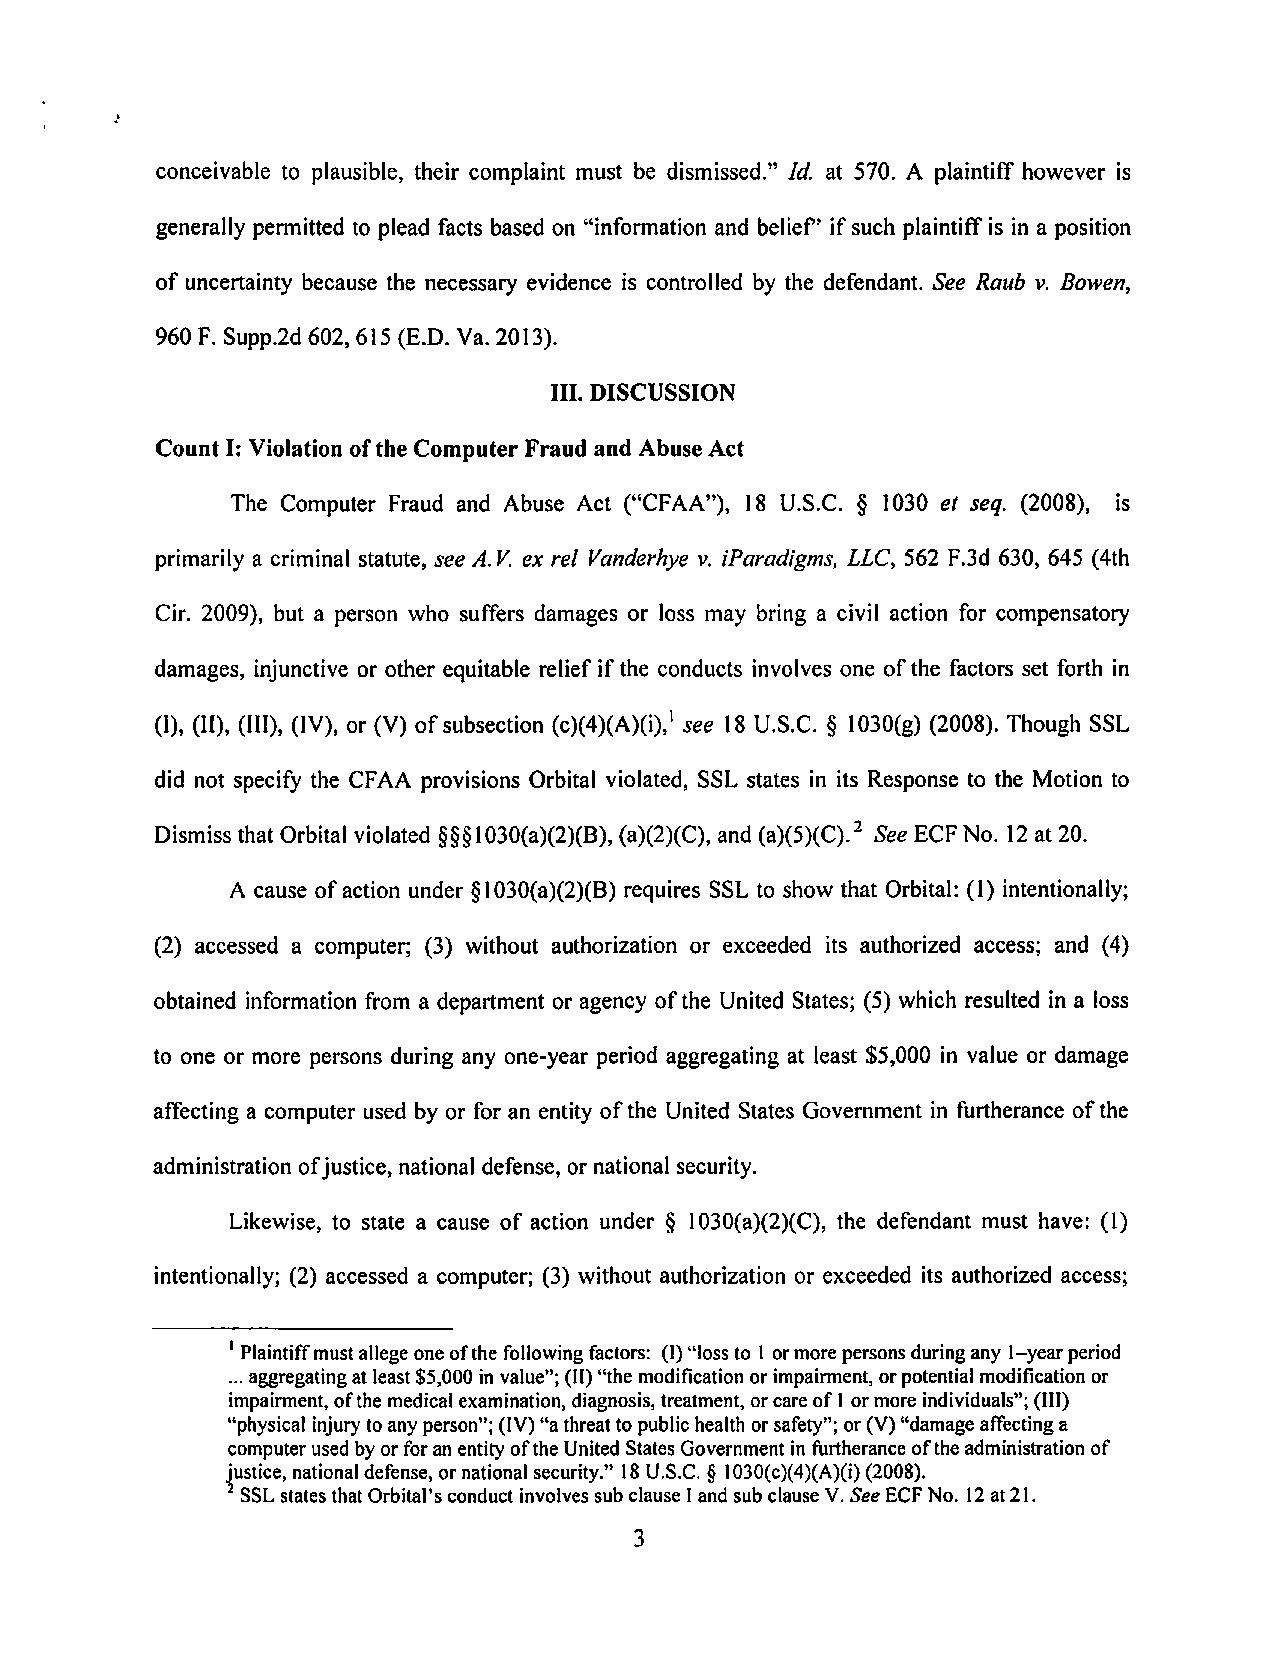
conceivable to plausible, their complaint must be dismissed." Id. at 570. A plaintiff however is
 generally permitted to plead facts based on "information and belief if such plaintiffis in a position
 of uncertainty because the necessary evidence is controlled by the defendant. See Raub v. Bowen,
 960 F. Supp.2d 602,615 (E.D. Va. 2013).
 III. DISCUSSION
 CountI: Violation of the Computer Fraud and Abuse Act
 The Computer Fraud and Abuse Act ("CFAA"), 18 U.S.C. § 1030 et seq. (2008), is
 primarily a criminal statute, see A.V, ex rel Vanderhyev. iParadigms, LLC, 562 F.3d 630, 645 (4th
 Cir. 2009), but a person who suffers damages or loss may bring a civil action for compensatory
 damages, injunctive or other equitable relief if the conducts involves one ofthe factors set forth in
 (1), (11), (III), (IV), or(V) ofsubsection (c)(4)(A)(i),' see 18 U.S.C. § 1030(g) (2008). Though SSL
 did not specify the CFAA provisions Orbital violated, SSL states in its Response to the Motion to
 Dismiss that Orbital violated §§§1030(a)(2)(B), (a)(2)(C), and (a)(5)(C).^ See ECF No. 12 at20.
 A cause ofaction under §1030(a)(2)(B) requires SSL to show that Orbital: (1) intentionally;
 (2) accessed a computer; (3) without authorization or exceeded its authorized access; and (4)
 obtained informationfrom a departmentor agencyofthe UnitedStates; (5)which resulted ina loss
 to one or more persons during any one-year period aggregating at least $5,000 in value or damage
 affecting a computer used by or for an entity ofthe United States Government in furtherance ofthe
 administration ofjustice, national defense, or national security.
 Likewise, to state a cause of action under § 1030(a)(2)(C), the defendant must have: (1)
 intentionally; (2) accessed a computer; (3) without authorization or exceeded its authorized access;
 ' Plaintiffmustallegeoneofthe following factors: (I)"lossto1ormorepersonsduringany 1-yearperiod
 ...aggregatingat least$5,000 invalue"; (II)"the modification or impairment, orpotential modification or
 impairment,ofthe medicalexamination,diagnosis, treatment, orcare of1ormore individuals";(III)
 "physical injurytoanyperson"; (IV)"a threattopublichealthorsafety"; or(V)"damage affectinga
 computer usedbyorforanentityoftheUnitedStatesGovernment infurtheranceoftheadministrationof
 justice,national defense,or national security." 18U.S.C. § 1030(c)(4)(A)(i)(2008).
 ^SSLstates thatOrbital'sconduct involves sub clause Iand sub clause V.See ECFNo. 12at21.